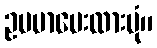
ဥပမာပေးထားပုံ။